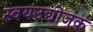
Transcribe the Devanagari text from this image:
स्वयंउद्योजक